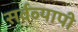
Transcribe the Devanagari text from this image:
सर्वव्‍यापी